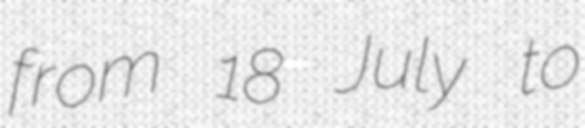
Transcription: from 18 July to